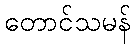
တောင်သမန်